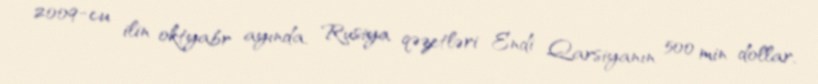
2009-cu ilin oktyabr ayında, Rusiya qəzetləri Endi Qarsiyanın 500 min dollar,